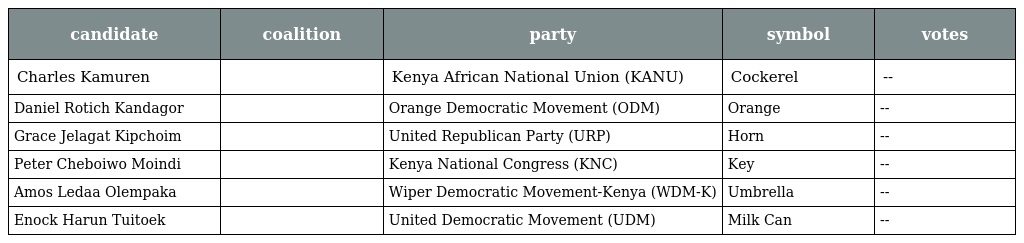
| candidate | coalition | party | symbol | votes |
 | --- | --- | --- | --- | --- |
 | Charles Kamuren |  | Kenya African National Union (KANU) | Cockerel | -- |
 | Daniel Rotich Kandagor |  | Orange Democratic Movement (ODM) | Orange | -- |
 | Grace Jelagat Kipchoim |  | United Republican Party (URP) | Horn | -- |
 | Peter Cheboiwo Moindi |  | Kenya National Congress (KNC) | Key | -- |
 | Amos Ledaa Olempaka |  | Wiper Democratic Movement-Kenya (WDM-K) | Umbrella | -- |
 | Enock Harun Tuitoek |  | United Democratic Movement (UDM) | Milk Can | -- |